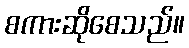
စကားဆိုစေသည်။